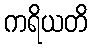
ကရိယတိ